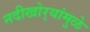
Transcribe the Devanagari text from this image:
नदीखोर्‍यांमुळे